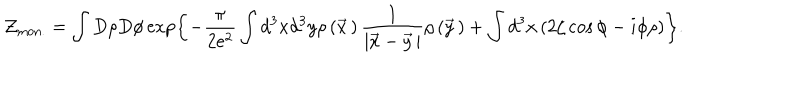
{ \cal Z } _ { \mathrm { m o n . } } = \int D \rho D \phi \exp \left\{ - \frac { \pi } { 2 e ^ { 2 } } \int d ^ { 3 } x d ^ { 3 } y \rho \left( \vec { x } { \, } \right) \frac { 1 } { \left| \vec { x } - \vec { y } { \, } \right| } \rho \left( \vec { y } { \, } \right) + \int d ^ { 3 } x \left( 2 \zeta \cos \phi - i \phi \rho \right) \right\} .